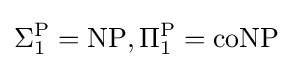
\Sigma _{1}^{\mathrm {P} }=\mathrm {NP} ,\Pi _{1}^{\mathrm {P} }=\mathrm {coNP}